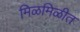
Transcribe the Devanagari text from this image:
मिळमिळीत